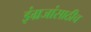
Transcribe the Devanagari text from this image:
इंग्रजांसाठीच